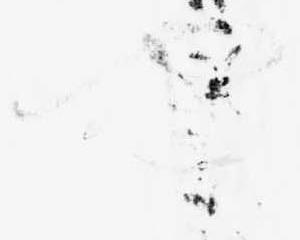
や